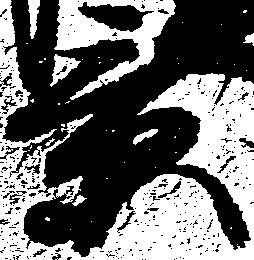
景